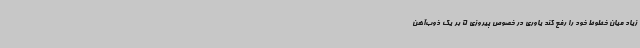
زیاد میان خطوط خود را رفع کند یاوری در خصوص پیروزی 5 بر یک ذوب‌آهن